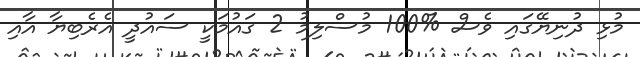
މުޅި ދުނިޔޭގައި ވެސް %100 މުސްލިމު 2 ގައުމަކީ ސައުދީ އެރެބިޔާ އާއި